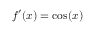
f ^ { \prime } ( x ) = \cos ( x )